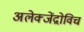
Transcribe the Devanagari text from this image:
अलेक्जेंद्रोविच